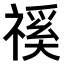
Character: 𥛎